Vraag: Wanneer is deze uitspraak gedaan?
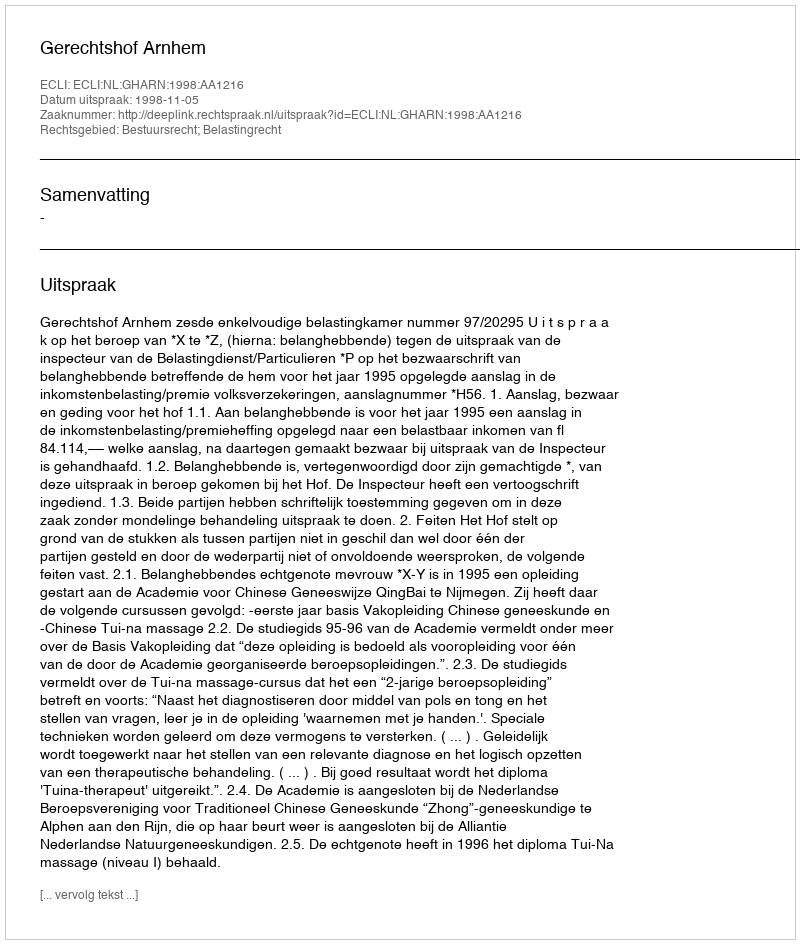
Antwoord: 1998-11-05